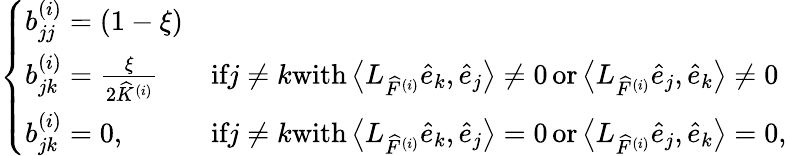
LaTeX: \left\{ \begin{array}{ll}{b_{jj}^{(i)}=(1-\xi)}\\ {b_{jk}^{(i)}=\frac{\xi}{2\widehat{K}^{(i)}}}&{\textrm{if}j\neq k\textrm{with}\left\langle L_{\widehat{F}^{(i)}}\widehat{e}_{k},\widehat{e}_{j}\right\rangle\neq 0\, \textrm{or}\left\langle L_{\widehat{F}^{(i)}}\widehat{e}_{j},\widehat{e}_{k}\right\rangle\neq 0}\\ {b_{jk}^{(i)}=0,}&{\textrm{if}j\neq k\textrm{with}\left\langle L_{\widehat{F}^{(i)}}\widehat{e}_{k},\widehat{e}_{j}\right\rangle=0\, \textrm{or}\left\langle L_{\widehat{F}^{(i)}}\widehat{e}_{j},\widehat{e}_{k}\right\rangle=0,}\end{array}\right.